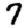
Digit: 7